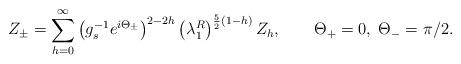
LaTeX: \begin{align*}Z_\pm=\sum_{h=0}^\infty\left(g^{-1}_se^{i\Theta_\pm}\right)^{2-2h}\left(\lambda_1^R\right)^{{5\over 2}(1-h)}Z_h,\qquad \Theta_+=0,\; \Theta_-=\pi/2.\end{align*}